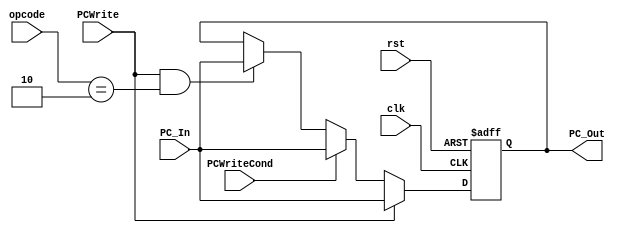
module PC_MultiCycle(
input clk,
input rst,
input PCWrite, // for Normal + Jump
input PCWriteCond, // for Branch
input [5:0] opcode,
input [31:0] PC_In,
output reg [31:0] PC_Out
);

always@(posedge clk, posedge rst) begin
if(rst)
PC_Out <= 0;

// Normal
else if (PCWrite == 1'b1)
PC_Out <= PC_In;

// Branch
else if (PCWriteCond == 1'b1)
PC_Out <= PC_In;

// Jump
else if (PCWrite == 1'b1 && opcode == 5'd2)
PC_Out <= PC_In;

end
endmodule